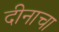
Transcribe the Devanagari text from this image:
दीनाचा